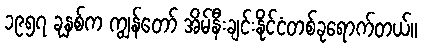
၁၉၅၇ ခုနှစ်က ကျွန်တော် အိမ်နီးချင်းနိုင်ငံတစ်ခုရောက်တယ်။